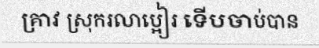
គ្រាវ ស្រុករលាប្អៀរ ទើបចាប់បាន